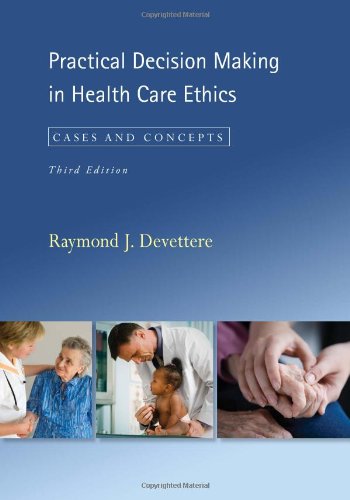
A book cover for Practical Decision Making in Health Care Ethics: Cases and Concepts; Raymond Devettere; Medical Books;